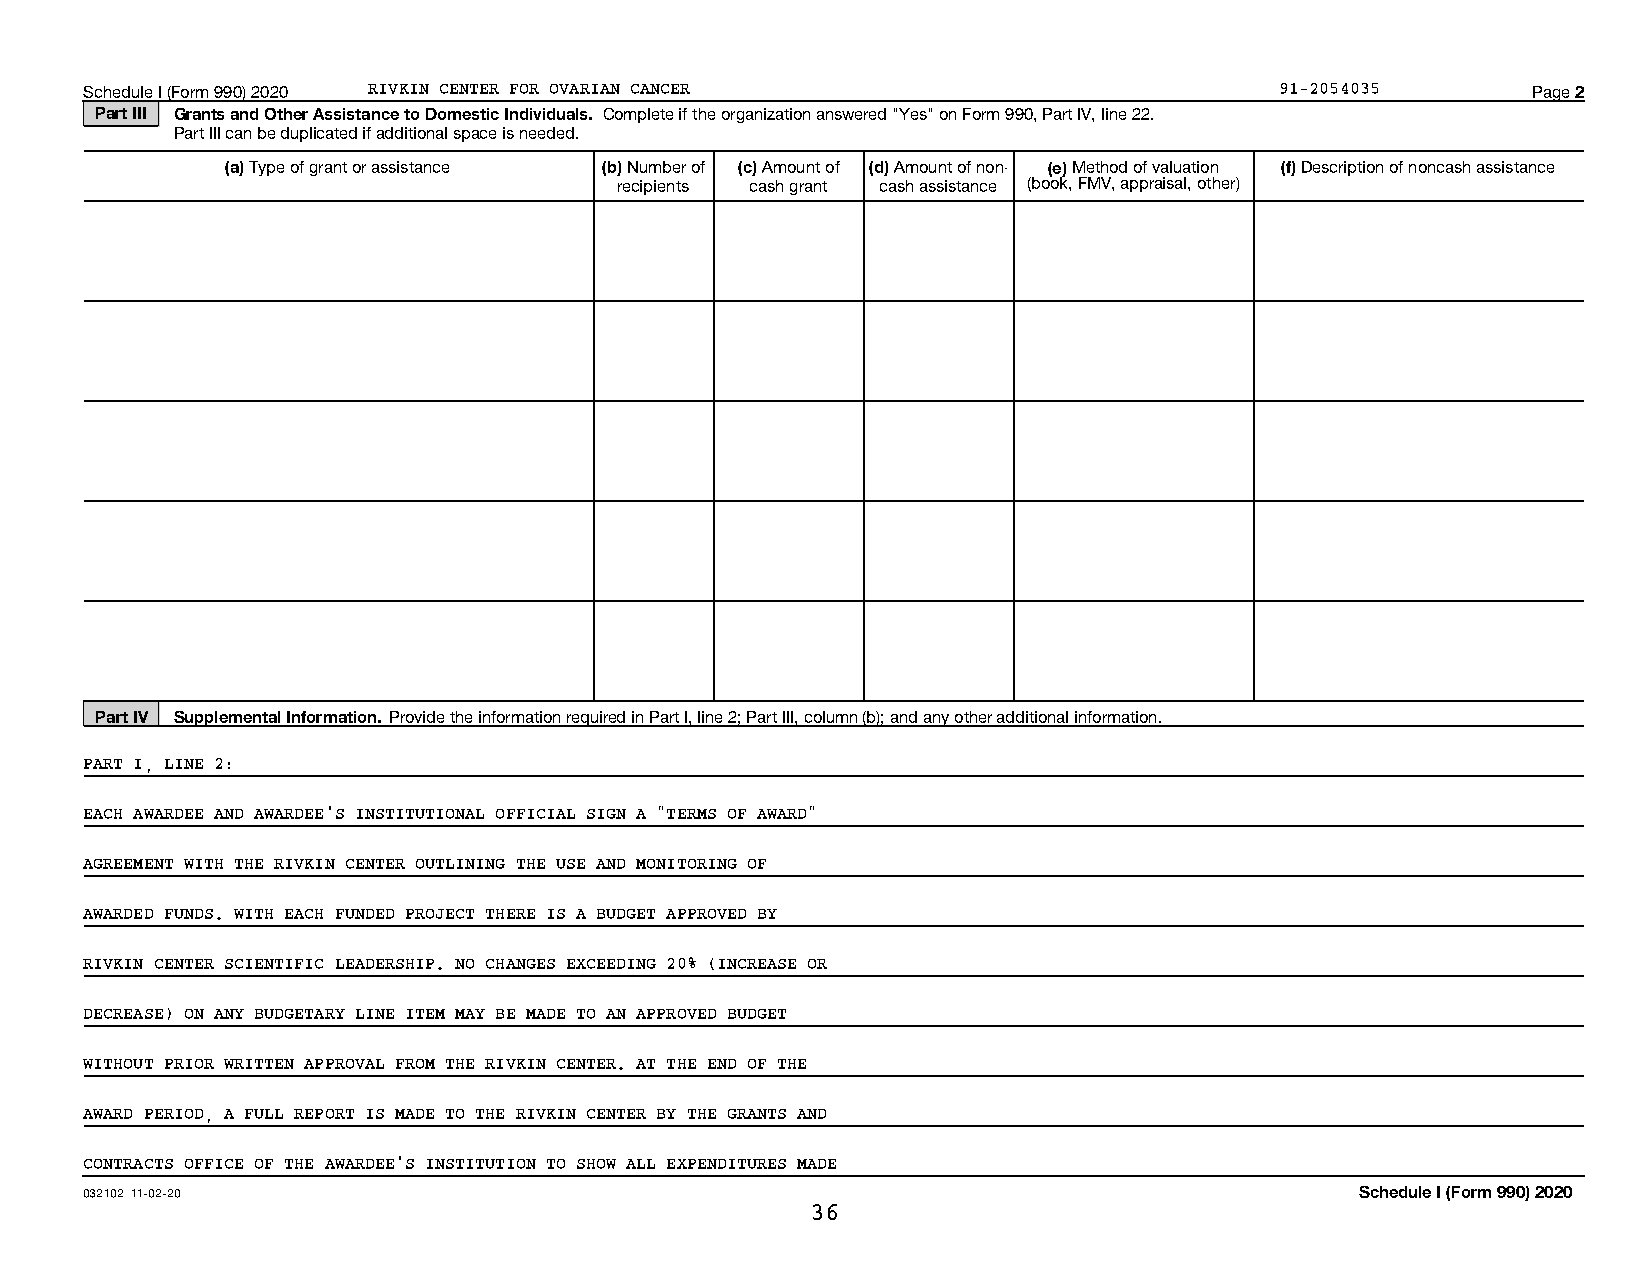
Schedule I (Form 990) 2020 RIVKIN CENTER FOR OVARIAN CANCER                    91-2054035      Page 2
 Part III Grants and Other Assistance to Domestic Individuals. Complete if the organization answered "Yes" on Form 990, Part IV, line 22.
 Part III can be duplicated if additional space is needed.
 (a) Type of grant or assistance (b) Number of (c) Amount of (d) Amount of non- (e) Method of valuation (f) Description of noncash assistance
 recipients cash grant cash assistance (book, FMV, appraisal, other)
 Part IV Supplemental Information. Provide the information required in Part I, line 2; Part III, column (b); and any other additional information.
 PART I, LINE 2:
 EACH AWARDEE AND AWARDEE'S INSTITUTIONAL OFFICIAL SIGN A "TERMS OF AWARD"
 AGREEMENT WITH THE RIVKIN CENTER OUTLINING THE USE AND MONITORING OF
 AWARDED FUNDS. WITH EACH FUNDED PROJECT THERE IS A BUDGET APPROVED BY
 RIVKIN CENTER SCIENTIFIC LEADERSHIP. NO CHANGES EXCEEDING 20% (INCREASE OR
 DECREASE) ON ANY BUDGETARY LINE ITEM MAY BE MADE TO AN APPROVED BUDGET
 WITHOUT PRIOR WRITTEN APPROVAL FROM THE RIVKIN CENTER. AT THE END OF THE
 AWARD PERIOD, A FULL REPORT IS MADE TO THE RIVKIN CENTER BY THE GRANTS AND
 CONTRACTS OFFICE OF THE AWARDEE'S INSTITUTION TO SHOW ALL EXPENDITURES MADE
 032102 11-02-20                                                                     Schedule I (Form 990) 2020
 36